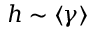
h \sim \langle \gamma \rangle